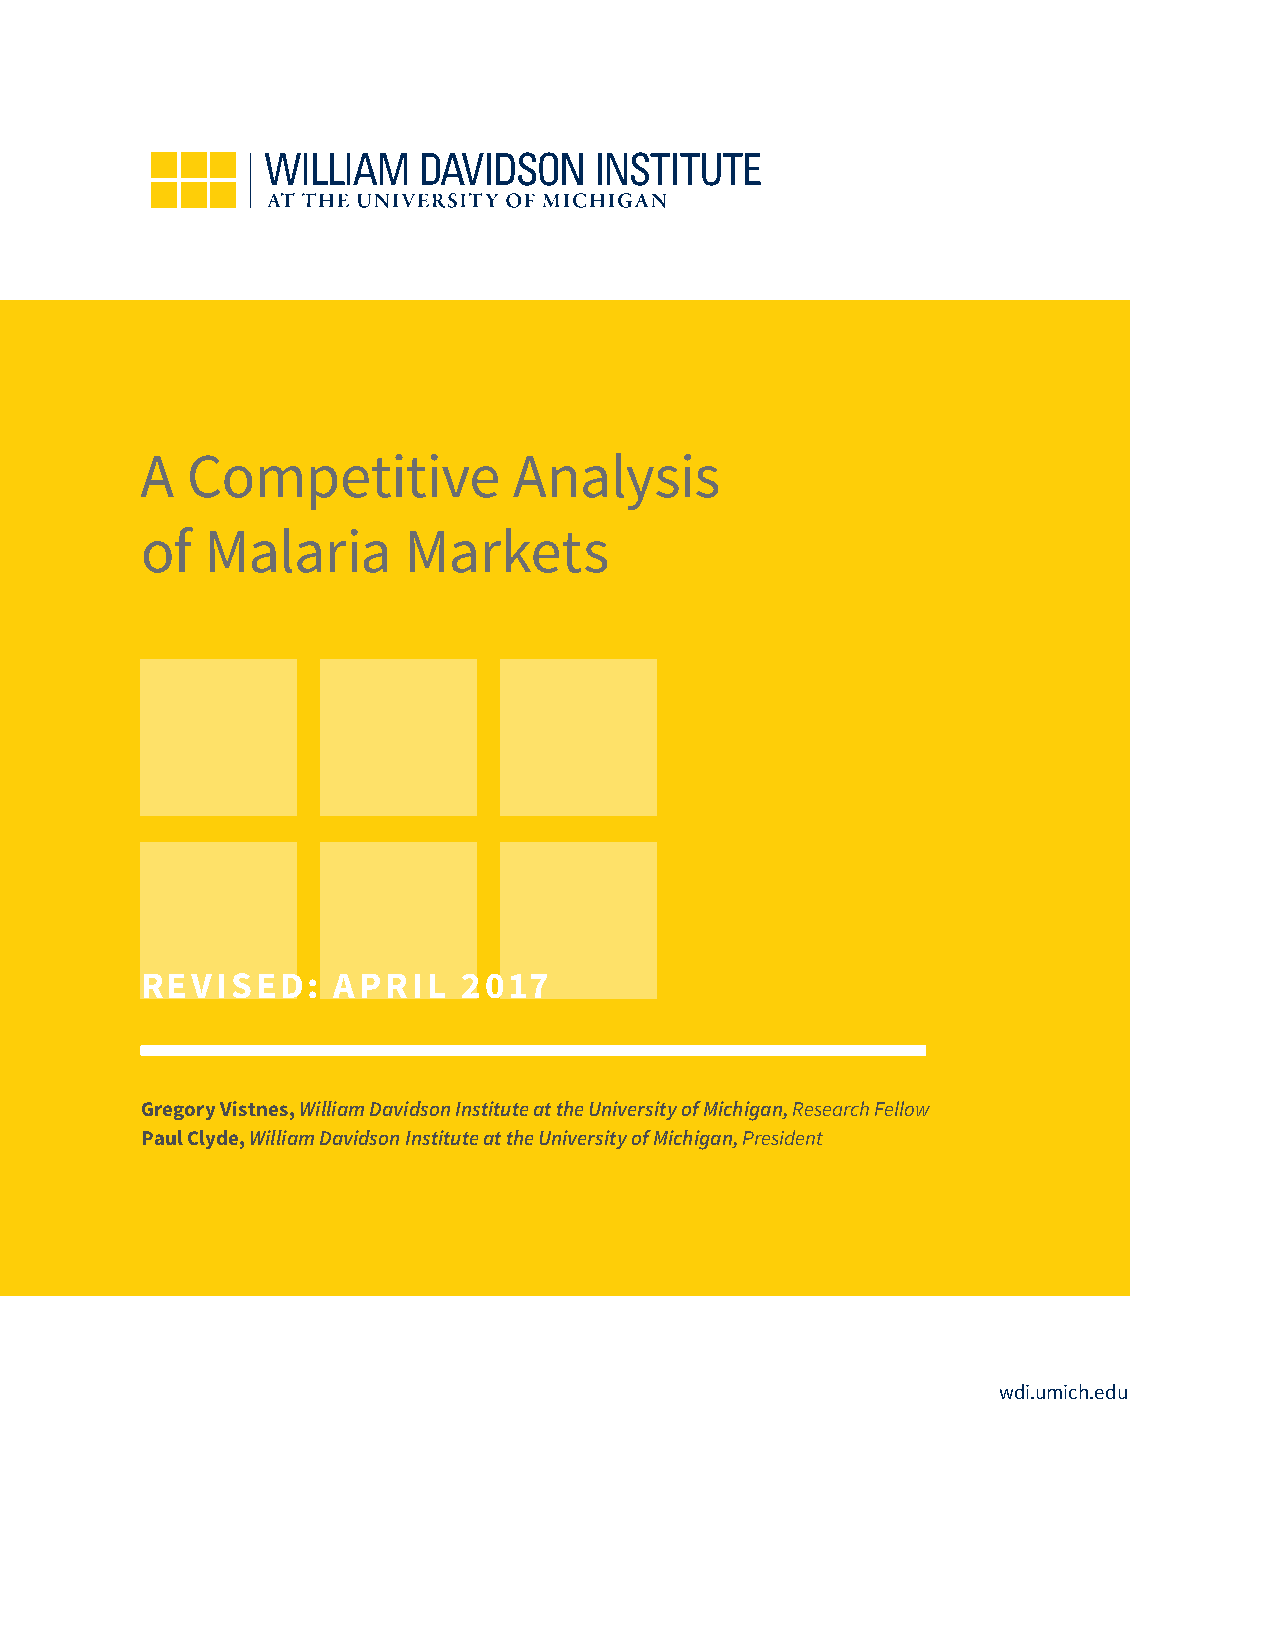
A  Competitive           Analysis
 of   Malaria      Markets
 REVISED:     APRIL    2017
 Gregory Vistnes, William Davidson Institute at the University of Michigan, Research Fellow
 Paul Clyde, William Davidson Institute at the University of Michigan, President
 wdi.umich.edu